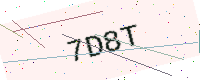
Text: 7D8T